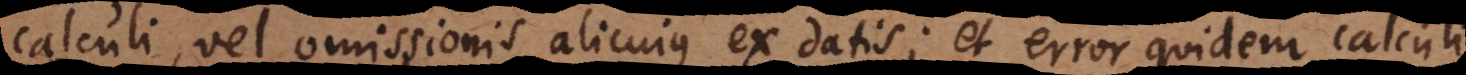
calculi, vel omissionis alicujus ex datis; et error quidem calculi